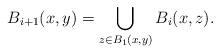
LaTeX: \begin{align*}B_{i+1}(x,y)=\bigcup_{z\in B_1(x,y)}B_i(x,z).\end{align*}